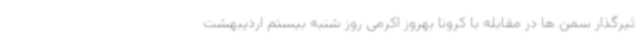
ثیرگذار سمن ها در مقابله با کرونا بهروز اکرمی روز شنبه بیستم اردیبهشت